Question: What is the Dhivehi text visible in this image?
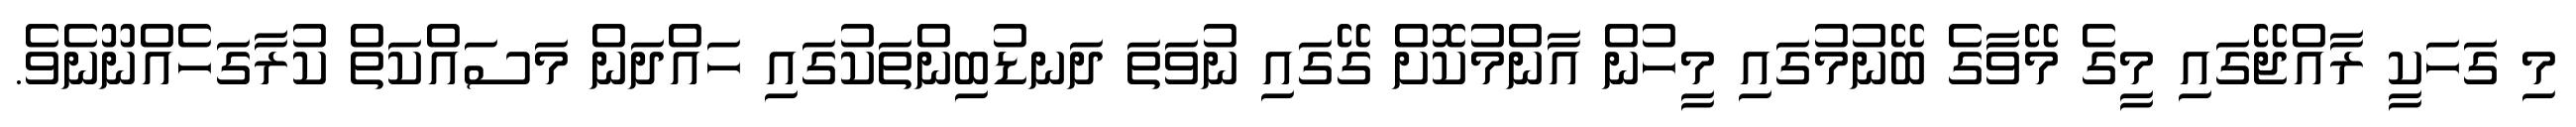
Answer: މި ގަހަކީ ރާއްޖޭގައި މީގެ މޭވާގެ ބޭނުމުގައި މީހުން އާންމުކޮށް ގޭގައި ނުވަތަ ދަނޑުބިންތަކުގައި ހައްދަން މަސައްކަތް ކުރާގަހެއްނޫނެވެ.